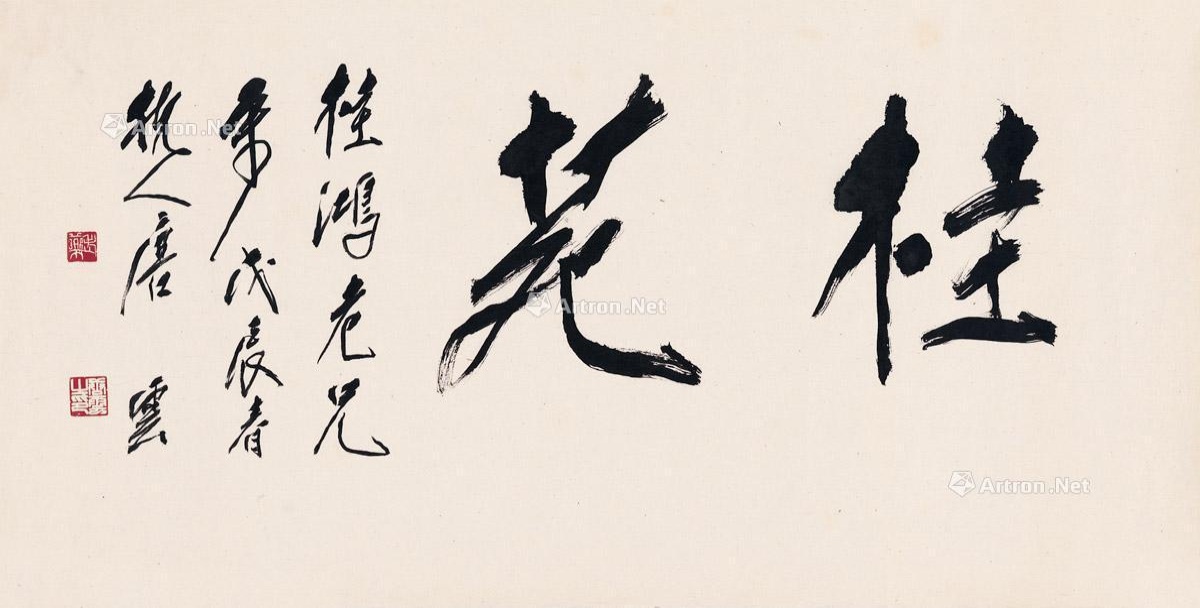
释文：桂苑。桂鸿老兄属。戊辰春，杭人唐云。